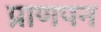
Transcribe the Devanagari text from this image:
प्राणपन